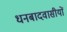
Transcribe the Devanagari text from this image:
धनबादवासीयों